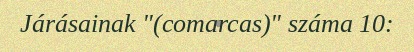
Járásainak "(comarcas)" száma 10: